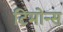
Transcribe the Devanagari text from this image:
टिमोन्स